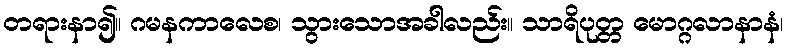
တရားနာ၍။ ဂမနကာလေစ၊ သွားသောအခါလည်း။ သာရိပုတ္တ မောဂ္ဂလာနာနံ၊